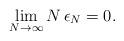
LaTeX: \begin{align*} \lim_{N \rightarrow\infty}N\,\epsilon_N=0.\end{align*}